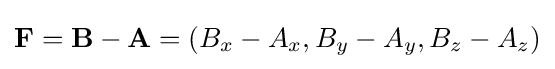
\mathbf {F} =\mathbf {B} -\mathbf {A} =(B_{x}-A_{x},B_{y}-A_{y},B_{z}-A_{z})